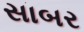
સાબર